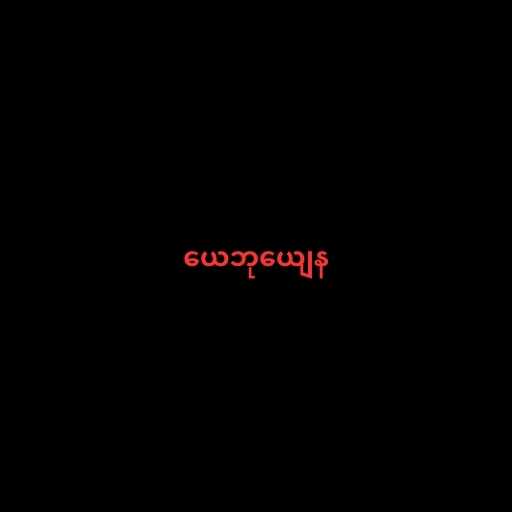
ယေဘုယျေန